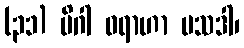
(၃၁) မိဂါ ဝရာဟာ ပသဒါ၊